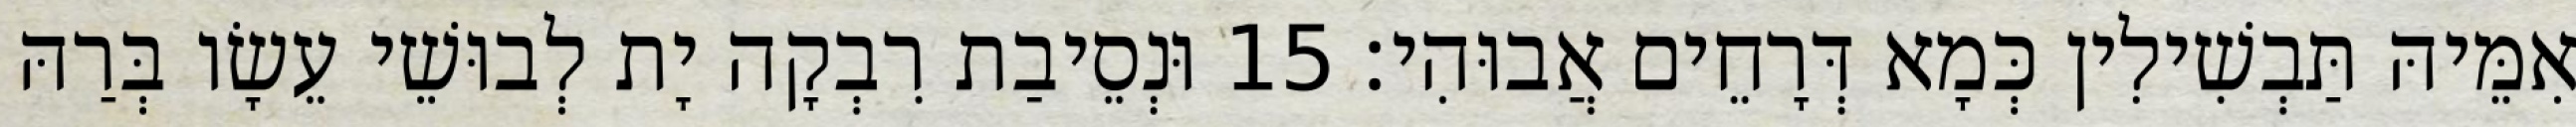
אִמֵּיהּ תַּבְשִׁילִין כְּמָא דְּרָחֵים אֲבוּהִי׃ 15 וּנְסֵיבַת רִבְקָה יָת לְבוּשֵׁי עֵשָׂו בְּרַהּ